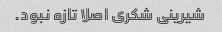
شیرینی شکری اصلا تازه نبود.